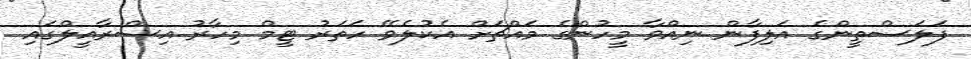
ފަލަސްތީންގެ އަލިފާން ނިއްވާ މީހުންގެ މައްޗަށް އެކުލެވޭ ހަތަރު ޓީމް މިހާރު އިސްރާއީލްގައި